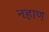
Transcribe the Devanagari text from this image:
नहाण